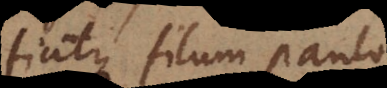
fiatque filum paulo